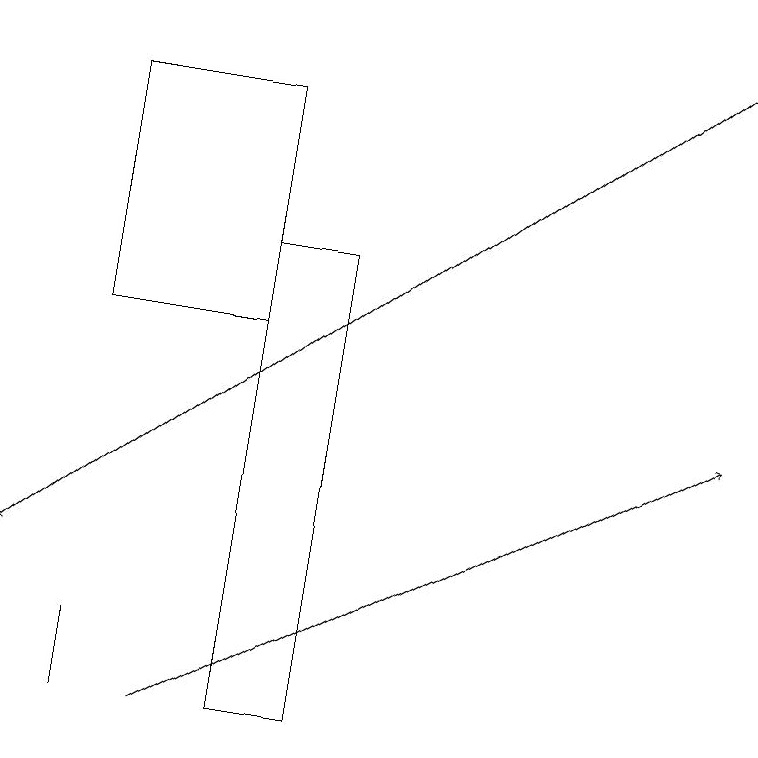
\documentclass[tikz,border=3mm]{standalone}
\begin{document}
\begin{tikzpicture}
\draw[->] (9,19) -- (0,12);
\draw (4,16) rectangle (3,10);
\draw (1,11) rectangle (1,10);
\draw[->] (2,10) -- (9,14);
\draw (1,11) rectangle (1,10);
\draw (1,15) rectangle (3,18);
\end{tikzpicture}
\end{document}